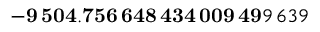
\mathbf { - 9 \, 5 0 4 . 7 5 6 \, 6 4 8 \, 4 3 4 \, 0 0 9 \, 4 9 } 9 \, 6 3 9